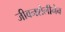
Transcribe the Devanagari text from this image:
जीवनशैलीनेच